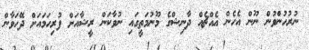
ނުރުހުންވުން ނޫން އެހެން އެއްޗެއް ދާނިޝްގެ މޫނުމަތީގައި ނުުވާކަން ރީޝާއަށް ފުރިހަމައަށް ދޭހަވާން